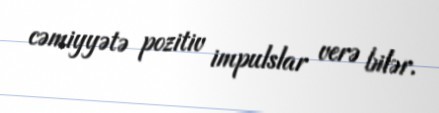
cəmiyyətə pozitiv impulslar verə bilər.